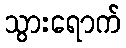
သွားရောက်